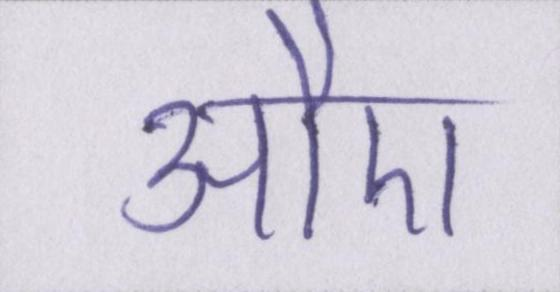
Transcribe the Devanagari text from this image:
औए